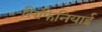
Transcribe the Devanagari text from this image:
सिफिनियाई